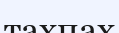
тахпах